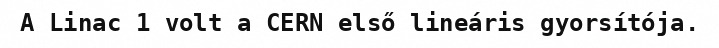
A Linac 1 volt a CERN első lineáris gyorsítója.